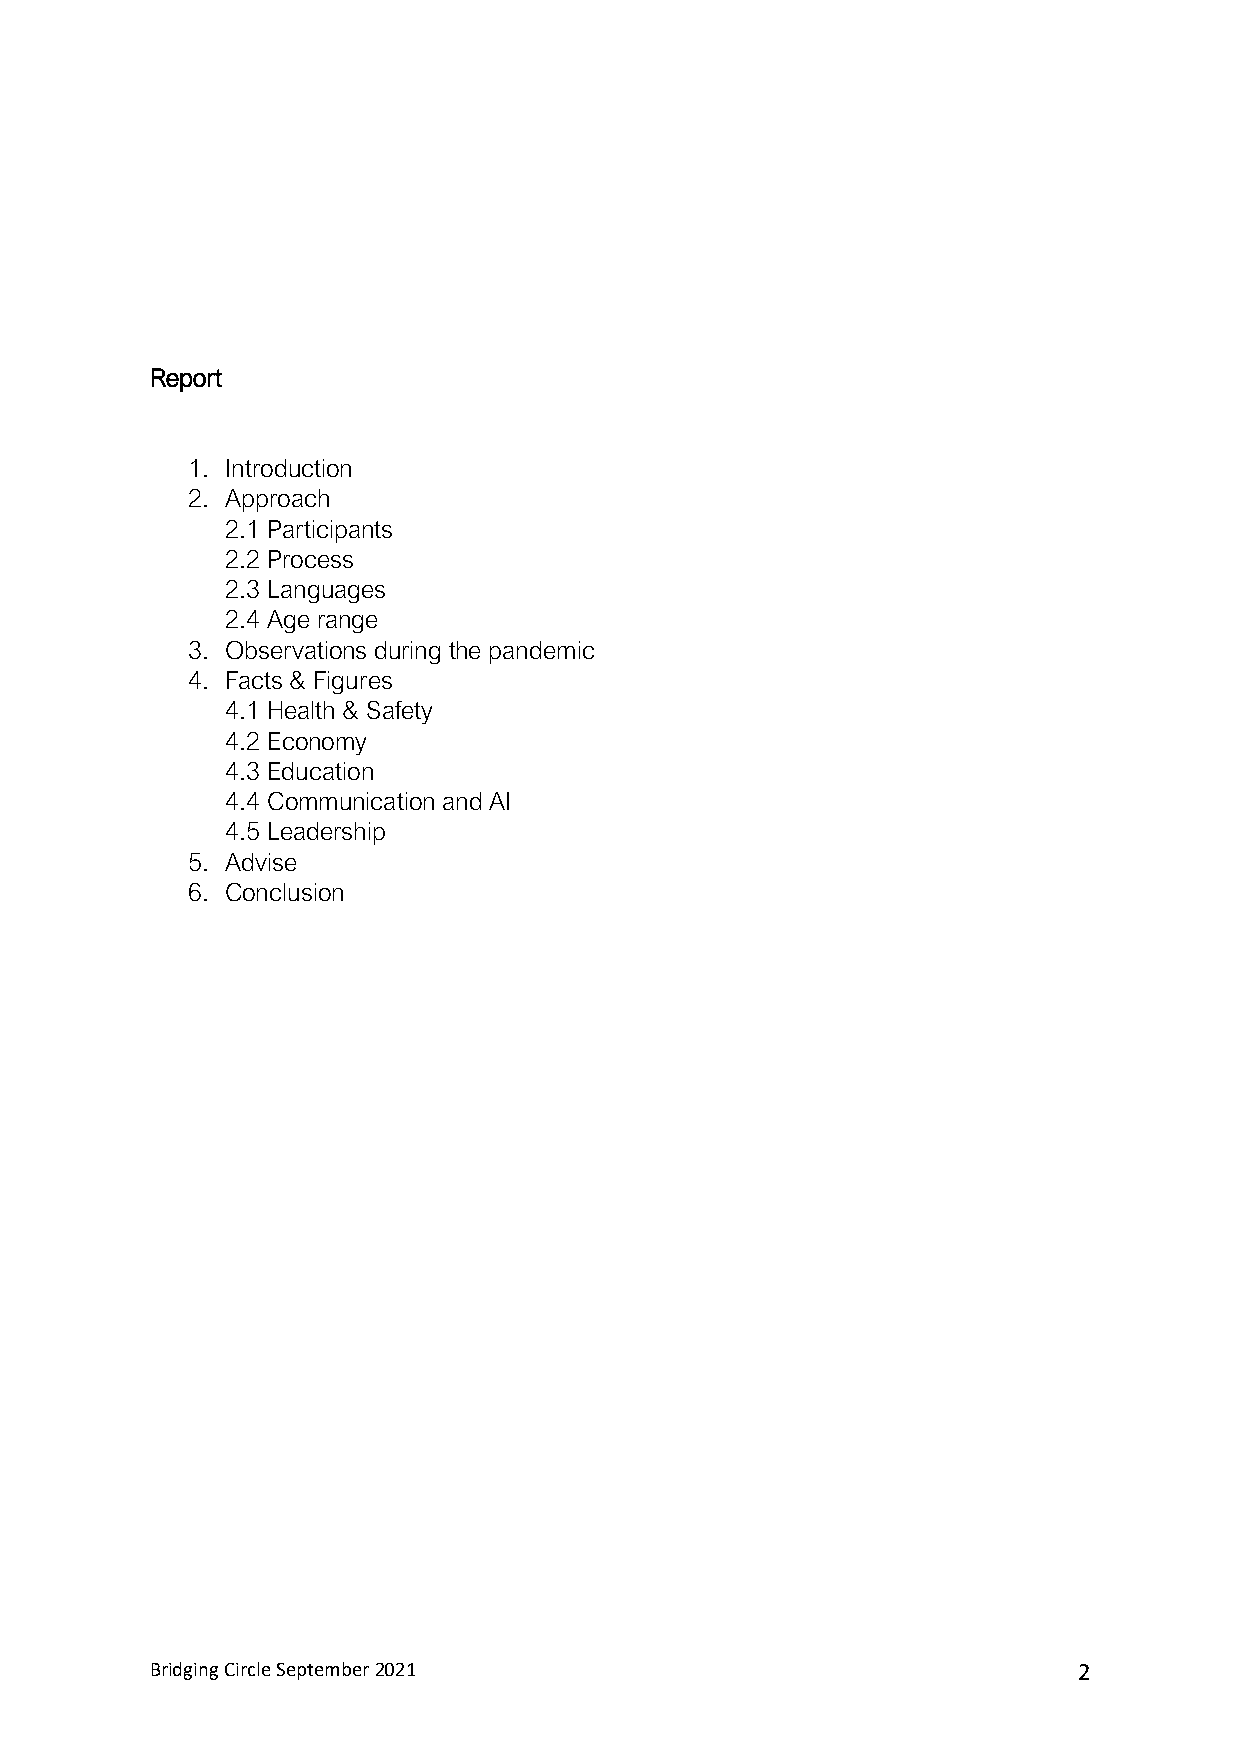
Report
 1. Introduction
 2. Approach
 2.1 Participants
 2.2 Process
 2.3 Languages
 2.4 Age range
 3. Observations during the pandemic
 4. Facts & Figures
 4.1 Health & Safety
 4.2 Economy
 4.3 Education
 4.4 Communication and AI
 4.5 Leadership
 5. Advise
 6. Conclusion
 Bridging Circle September 2021                               2